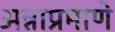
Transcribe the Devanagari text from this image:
अन्नाप्रमाणे